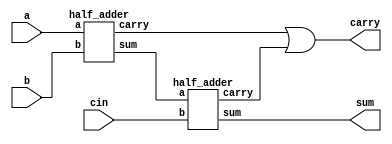
`timescale 1ns / 1ps
//////////////////////////////////////////////////////////////////////////////////
// Company: Mycronics
// Module Name: full_adder
// USING 2 HALF ADDERS
//////////////////////////////////////////////////////////////////////////////////

module full_adder(
    input a,
    input b,
    input cin,
    output sum,
    output carry
    );
    wire x,y,z;
    half_adder h1 ( .a(a), .b(b), .sum(x), .carry(y));
    half_adder h2 ( .a(x), .b(cin), .sum(sum), .carry(z));
    assign carry = y|z; 
endmodule

module half_adder(
    input a,
    input b,
    output sum,
    output carry
    );
    assign sum = a^b;
    assign carry = a&b;
endmodule